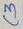
Text: C3